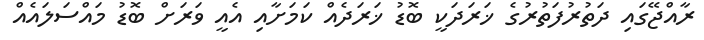
ރާއްޖޭގައި ދަތުރުފަތުރުގެ ޚަރަދަކީ ބޮޑު ޚަރަދެއް ކަމަށާއި އެއީ ވަރަށް ބޮޑު މައްސަލައެއް